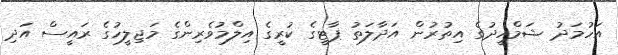
އަހުމަދު ޝަމްހީދުގެ އިތުރުން އަދާލަތު ޕާޓީގެ ކުރީގެ އިލްމުވެރިންގެ މަޖިލީހުގެ ރައީސް އަދި